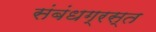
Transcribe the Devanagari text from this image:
संबंधग्रस्त